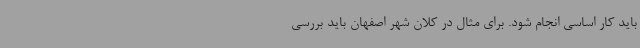
باید کار اساسی انجام شود. برای مثال در کلان شهر اصفهان باید بررسی